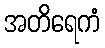
အတိရေကံ